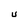
Character: U